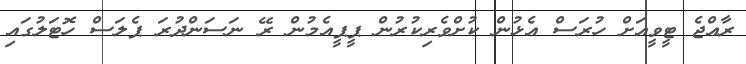
ރާއްޖެ ޓީވީއަށް ހުރަސް އެޅުން ކުށްވެރިކުރުން ޕީޕީއެމުން ރޭ ނަސަންދުރަ ޕެލަސް ހޮޓަލުގައި